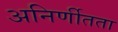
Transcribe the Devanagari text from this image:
अनिर्णीतता